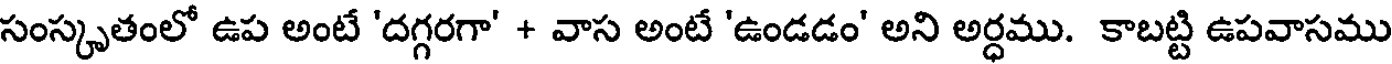
సంస్కృతంలో ఉప అంటే 'దగ్గరగా' + వాస అంటే 'ఉండడం' అని అర్ధము. కాబట్టి ఉపవాసము